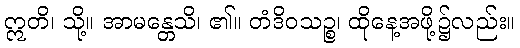
ဣတိ၊ သို့။ အာမန္တေသိ၊ ၏။ တံဒိဝသဉ္စ၊ ထိုနေ့အဖို့၌လည်း။